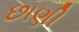
છાણી